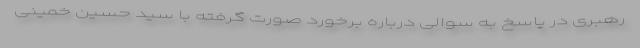
رهبری در پاسخ به سوالی درباره برخورد صورت گرفته با سید حسین خمینی